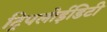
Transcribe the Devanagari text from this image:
ट्रिपलोईडिटी